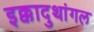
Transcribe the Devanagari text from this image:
इक्कादुथांगल